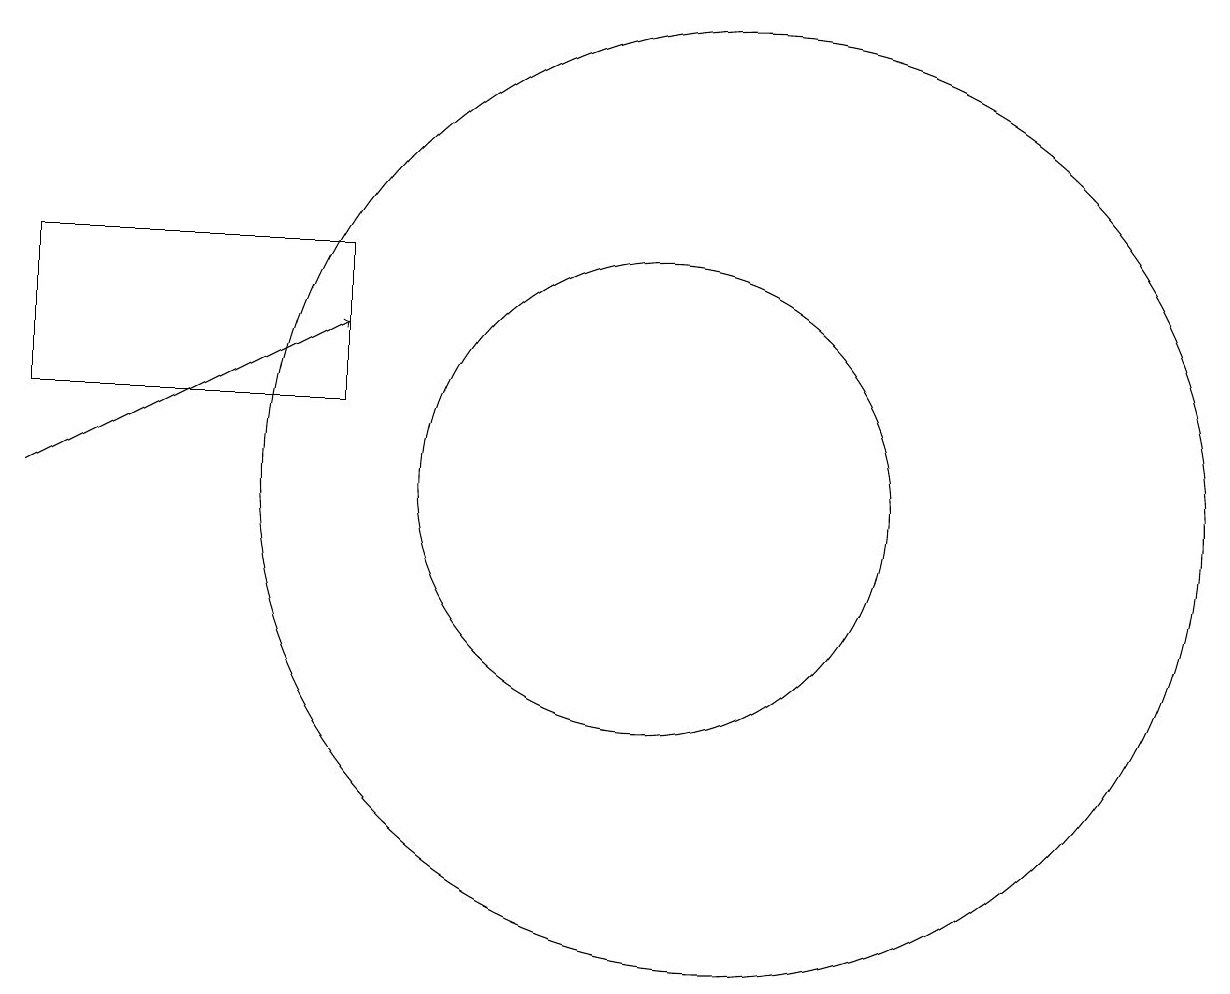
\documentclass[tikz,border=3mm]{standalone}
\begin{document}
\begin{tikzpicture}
\draw[->] (2,11) -- (6,13);
\draw (11,11) circle (6);
\draw (2,12) rectangle (6,14);
\draw (10,11) circle (3);
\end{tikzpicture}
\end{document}